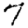
Digit: 7